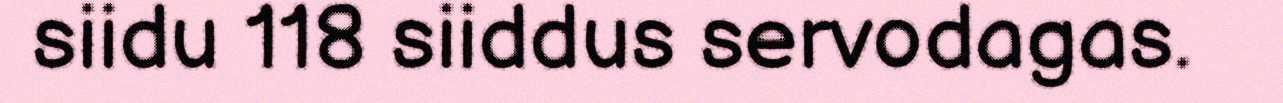
siidu 118 siiddus servodagas.